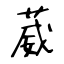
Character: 葳